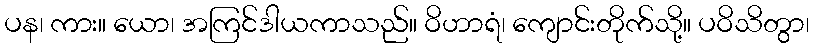
ပန၊ ကား။ ယော၊ အကြင်ဒါယကာသည်။ ဝိဟာရံ၊ ကျောင်းတိုက်သို့။ ပဝိသိတွာ၊